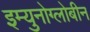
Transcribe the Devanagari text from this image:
इम्युनोग्लोबीन